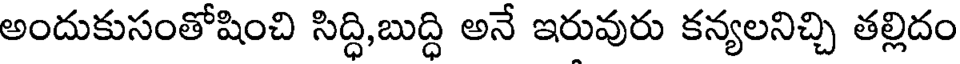
అందుకుసంతోషించి సిద్ధి,బుద్ధి అనే ఇరువురు కన్యలనిచ్చి తల్లిదం